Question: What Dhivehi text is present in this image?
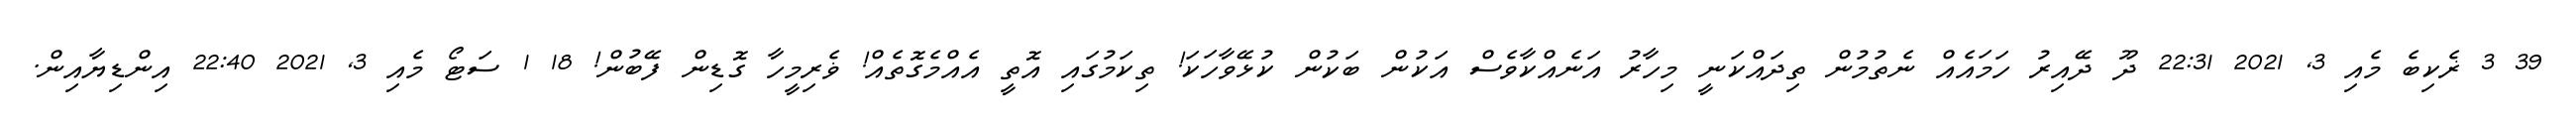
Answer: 39 3 ޜެކިބެ މެއި 3, 2021 22:31 ދޫ ދޭއިރު ހަމައެއް ނެތުމުން ތިދައްކަނީ މިހާރު އަނެއްކާވެސް އަކުން ބަކުން ކުޅޭވާހަކަ! ތިކަމުގައި އޮތީ އެއްމެގޮތެއް! ޥެރިމީހާ ގޮޑިން ފޭބުން! 18 1 ސަޓޯ މެއި 3, 2021 22:40 އިންޑިޔާއިން.